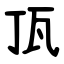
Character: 㼗